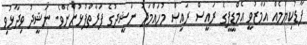
ފާޑުކިޔުމެއް އަމާޒުވީ އެމްޑީޕީގެ ރައީސް ރައީސް މުހައްމަދު ނަޝީދުގެ ފަރާތްޕުޅުންނެވެ. ނަޝީދު ވިދާޅުވި